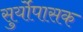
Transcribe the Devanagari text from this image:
सुर्योपासक